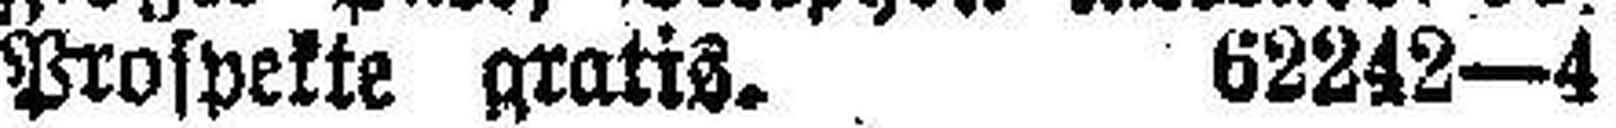
Prospekte gratis. 62242—4